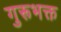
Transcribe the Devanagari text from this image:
गुरूभक्त